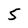
Character: 5